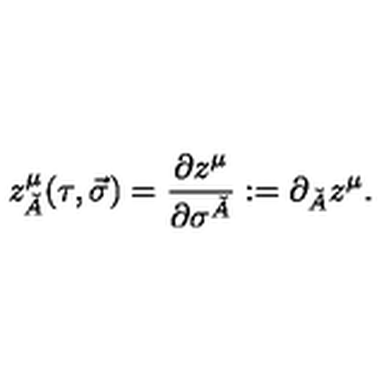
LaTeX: z _ { \check { A } } ^ { \mu } ( \tau , \vec { \sigma } ) = { \frac { \partial z ^ { \mu } } { \partial \sigma ^ { \check { A } } } } : = \partial _ { \check { A } } z ^ { \mu } .